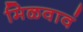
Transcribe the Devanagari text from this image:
मिळवावं